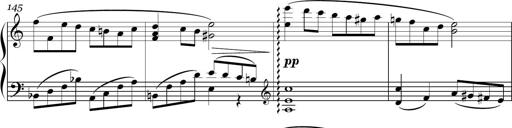
Title: Sonatina in E minor
Composer: Shuwen Zhang
Key: E minor